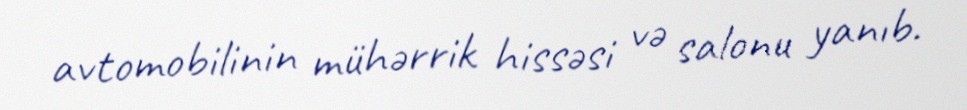
avtomobilinin mühərrik hissəsi və salonu yanıb.